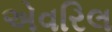
એવરિલ